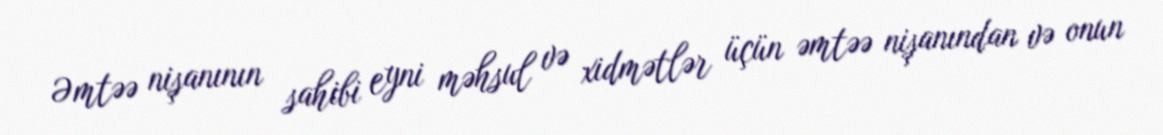
Əmtəə nişanının sahibi eyni məhsul və xidmətlər üçün əmtəə nişanından və onun